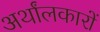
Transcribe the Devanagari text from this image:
अर्थांलकारों